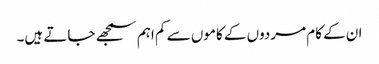
ان کے کام مردوں کے کاموں سے کم اہم سمجھے جاتے ہیں۔